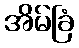
အိမ်ခြံ